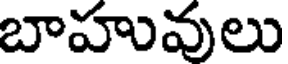
బాహువులు